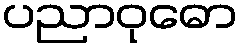
ပညာဝုဓော